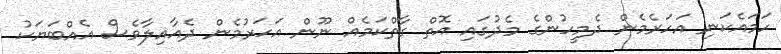
ހަމައެކަނި އަހަރެމެން ދެމީހުންގެ މެދުގައި އޮތް ގާތްކަމެއް ނޫން އަހަރުމެން ދެއާއިލާވެސް އެއްބަޔަކު